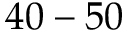
4 0 - 5 0